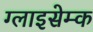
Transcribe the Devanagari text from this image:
ग्लाइसेम्क